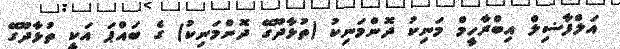
އަލްފާޟިލް އިބްރާހީމް މަނިކު ދޮންމަނިކު (ތުޅާދޫގޭ ދޮންމަނިކު) ގެ ބައްޕަ އަކީ ތުޅާދޫގޭ